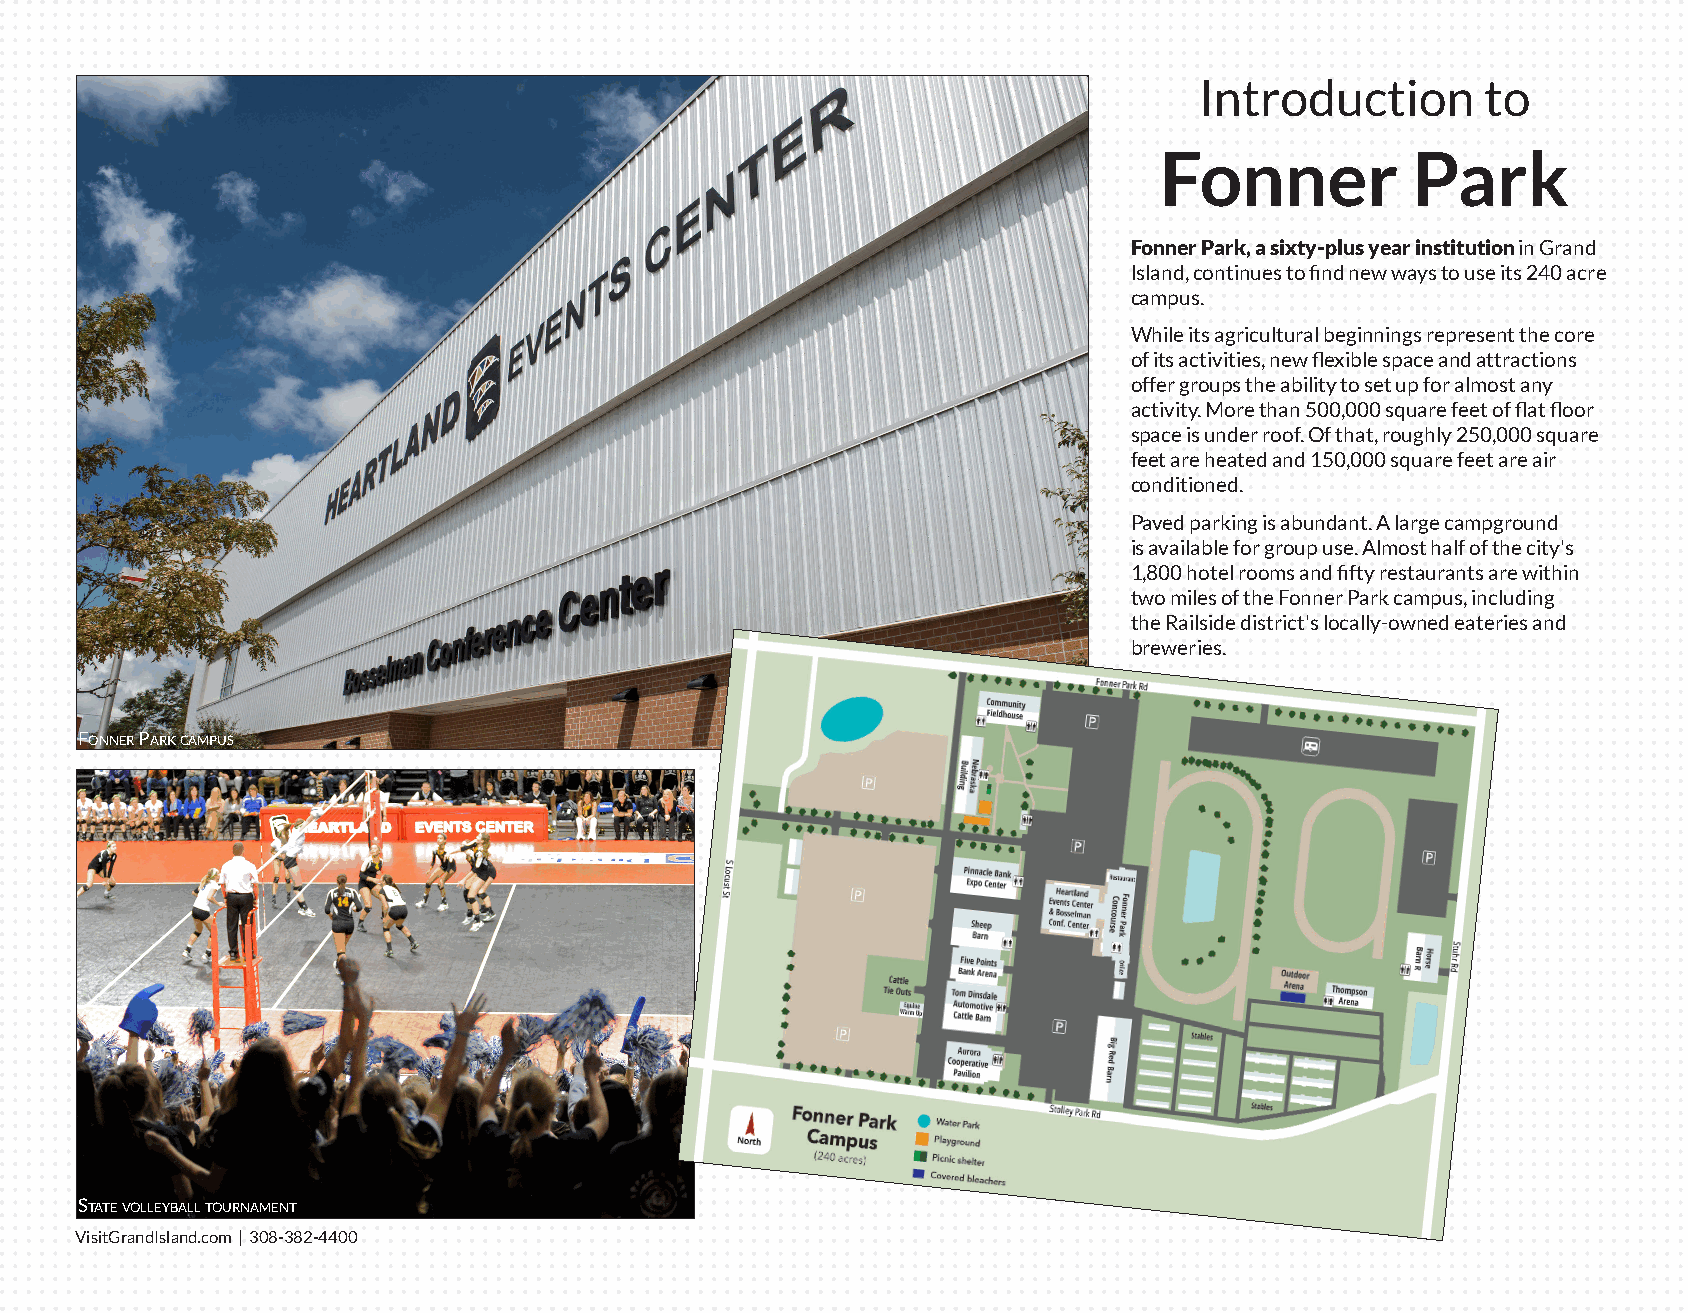
Introduction       to
 Fonner          Park
 Fonner Park, a sixty-plus year institution in Grand
 Island, continues to find new ways to use its 240 acre
 campus.
 While its agricultural beginnings represent the core
 of its activities, new flexible space and attractions
 offer groups the ability to set up for almost any
 activity. More than 500,000 square feet of flat floor
 space is under roof. Of that, roughly 250,000 square
 feet are heated and 150,000 square feet are air
 conditioned.
 Paved parking is abundant. A large campground
 is available for group use. Almost half of the city's
 1,800 hotel rooms and fifty restaurants are within
 two miles of the Fonner Park campus, including
 the Railside district's locally-owned eateries and
 breweries.
 FonneR paRk campus
 state volleyball touRnament
 VisitGrandIsland.com | 308-382-4400